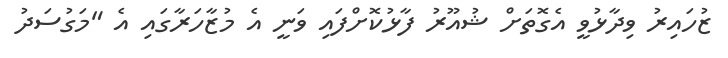
ޒުހައިރު ވިދާޅުވީ އެގޮތަށް ޝުއޫރު ފާޅުކޮށްފައި ވަނީ އެ މުޒާހަރާގައި އެ "މަގުސަދު